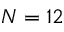
N = 1 2